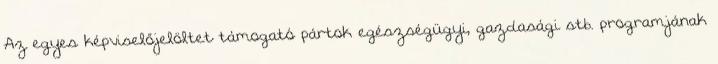
Az egyes képviselőjelöltet támogató pártok egészségügyi, gazdasági stb. programjának